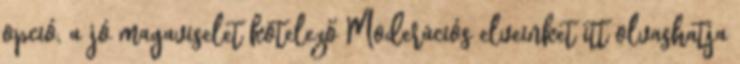
opció, a jó magaviselet kötelező Moderációs elveinket itt olvashatja